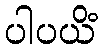
ပါပယိံ